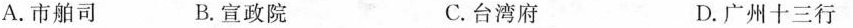
A.市舶司 B.宣政院 C.台湾府 D.广州十三行